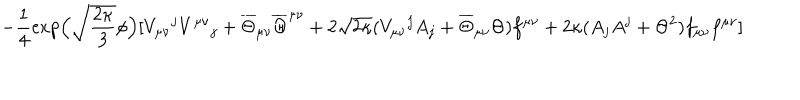
- \frac { 1 } { 4 } \exp \! \Big ( \sqrt { \frac { 2 \kappa } { 3 } } \phi \Big ) [ V _ { \mu \nu } { } ^ { j } V ^ { \mu \nu } { } _ { j } + \overline { { { \Theta } } } _ { \mu \nu } \overline { { { \Theta } } } ^ { \mu \nu } + 2 \sqrt { 2 \kappa } ( V _ { \mu \nu } { } ^ { j } A _ { j } + \overline { { { \Theta } } } _ { \mu \nu } \Theta ) f ^ { \mu \nu } + 2 \kappa ( A _ { j } A ^ { j } + \Theta ^ { 2 } ) f _ { \mu \nu } f ^ { \mu \nu } ]